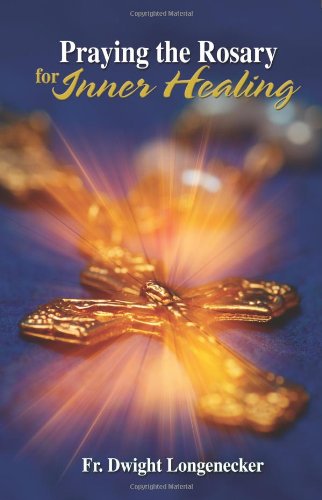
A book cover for Praying the Rosary for Inner Healing; Fr Dwight Longenecker; Christian Books & Bibles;